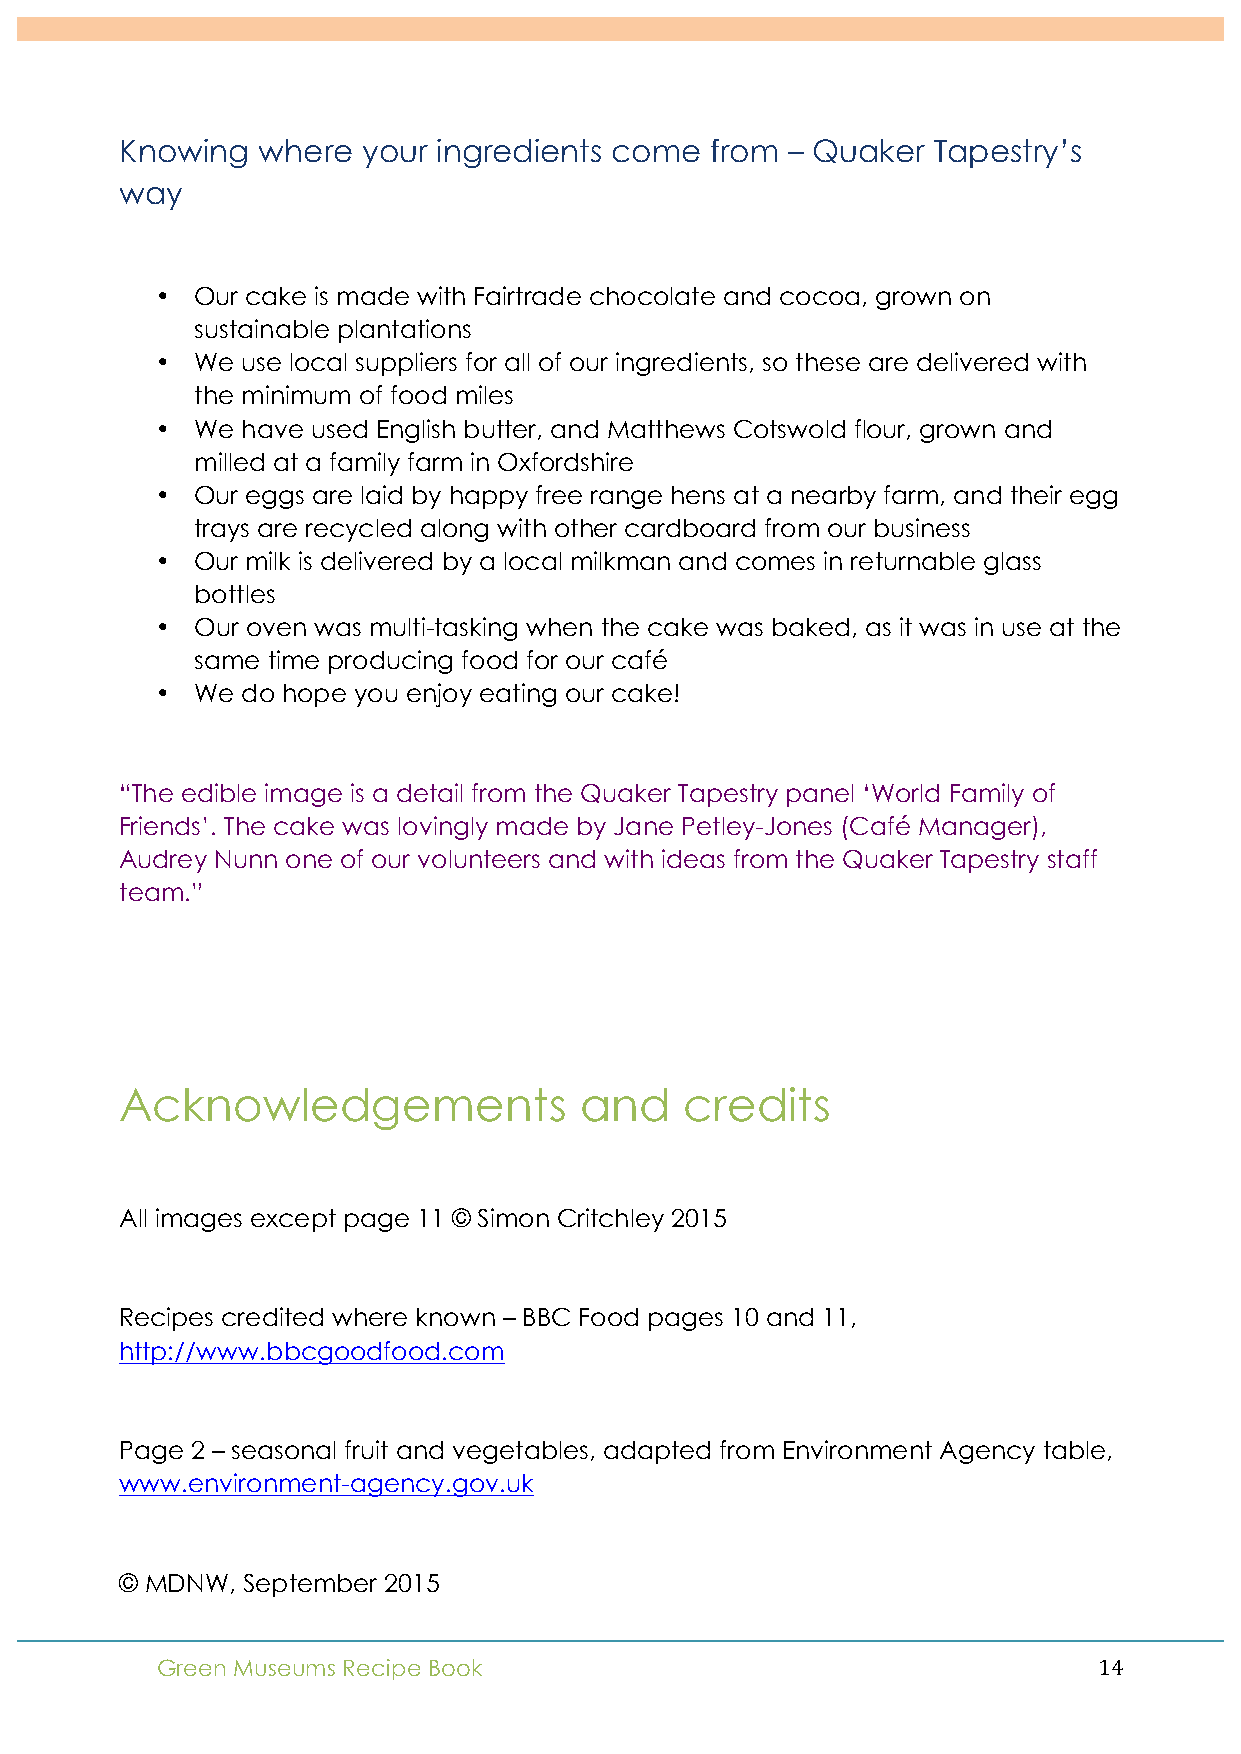
!
 Knowing  where  your ingredients come  from – Quaker  Tapestry’s
 way
 •  Our cake is made with Fairtrade chocolate and cocoa, grown on
 sustainable plantations
 •  We use local suppliers for all of our ingredients, so these are delivered with
 the minimum of food miles
 •  We have used English butter, and Matthews Cotswold flour, grown and
 milled at a family farm in Oxfordshire
 •  Our eggs are laid by happy free range hens at a nearby farm, and their egg
 trays are recycled along with other cardboard from our business
 •  Our milk is delivered by a local milkman and comes in returnable glass
 bottles
 •  Our oven was multi-tasking when the cake was baked, as it was in use at the
 same time producing food for our café
 •  We do hope you enjoy eating our cake!
 “The edible image is a detail from the Quaker Tapestry panel ‘World Family of
 Friends’. The cake was lovingly made by Jane Petley-Jones (Café Manager),
 Audrey Nunn one of our volunteers and with ideas from the Quaker Tapestry staff
 team.”
 Acknowledgements              and    credits
 All images except page 11 © Simon Critchley 2015
 Recipes credited where known – BBC Food pages 10 and 11,
 http://www.bbcgoodfood.com
 Page 2 – seasonal fruit and vegetables, adapted from Environment Agency table,
 www.environment-agency.gov.uk
 © MDNW, September 2015
 Green Museums Recipe Book                                      14!